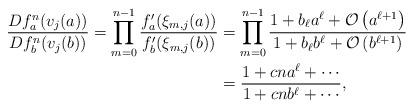
LaTeX: \begin{align*}\begin{aligned}\frac {Df_{a}^{n}(v_j(a))}{Df_{b}^{n}(v_j(b))} = \prod_{m=0}^{n-1}\frac{f'_{a}(\xi_{m,j}(a))}{f'_{b}(\xi_{m,j}(b))}&=\prod_{m=0}^{n-1}\frac{1+b_{\ell} a^{\ell}+ \mathcal{O}\left(a^{\ell+1}\right)}{1+b_{\ell} b^{\ell}+ \mathcal{O}\left(b^{\ell+1}\right)}\\&=\frac{1+cn a^{\ell}+\cdots}{1+cn b^{\ell}+\cdots},\end{aligned}\end{align*}